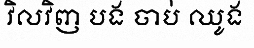
វិលវិញ បង ចាប់ ឈូង